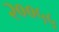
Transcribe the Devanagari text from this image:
२००५५